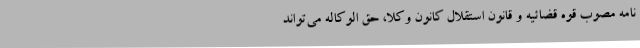
نامه مصوب قوه قضائیه و قانون استقلال کانون وکلا، حق الوکاله می‌تواند